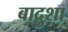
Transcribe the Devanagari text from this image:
बादुशा